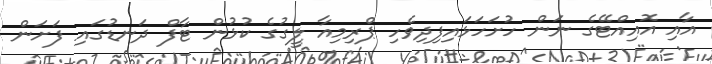
އާއި އޮއިއްޓޭގެ ނަން ހުށަހަޅައިފިދިވެހި ޕްރިމިއާ ލީގުގެ ކުޅުން ޓާފް ދަނޑުގައި ފަށަން